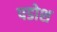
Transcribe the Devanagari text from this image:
पडोश